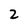
Character: 2